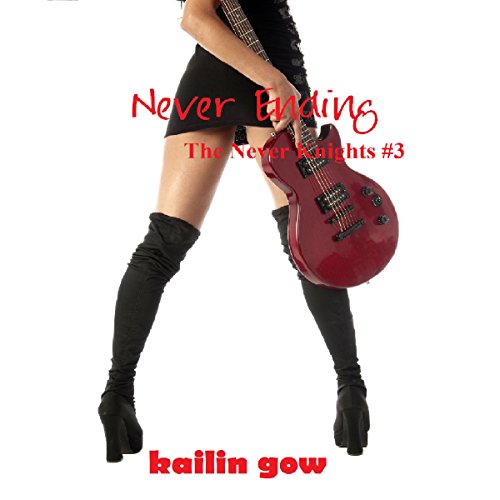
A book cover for Never Ending: Never Knight Series #3; Kailin Gow; Romance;